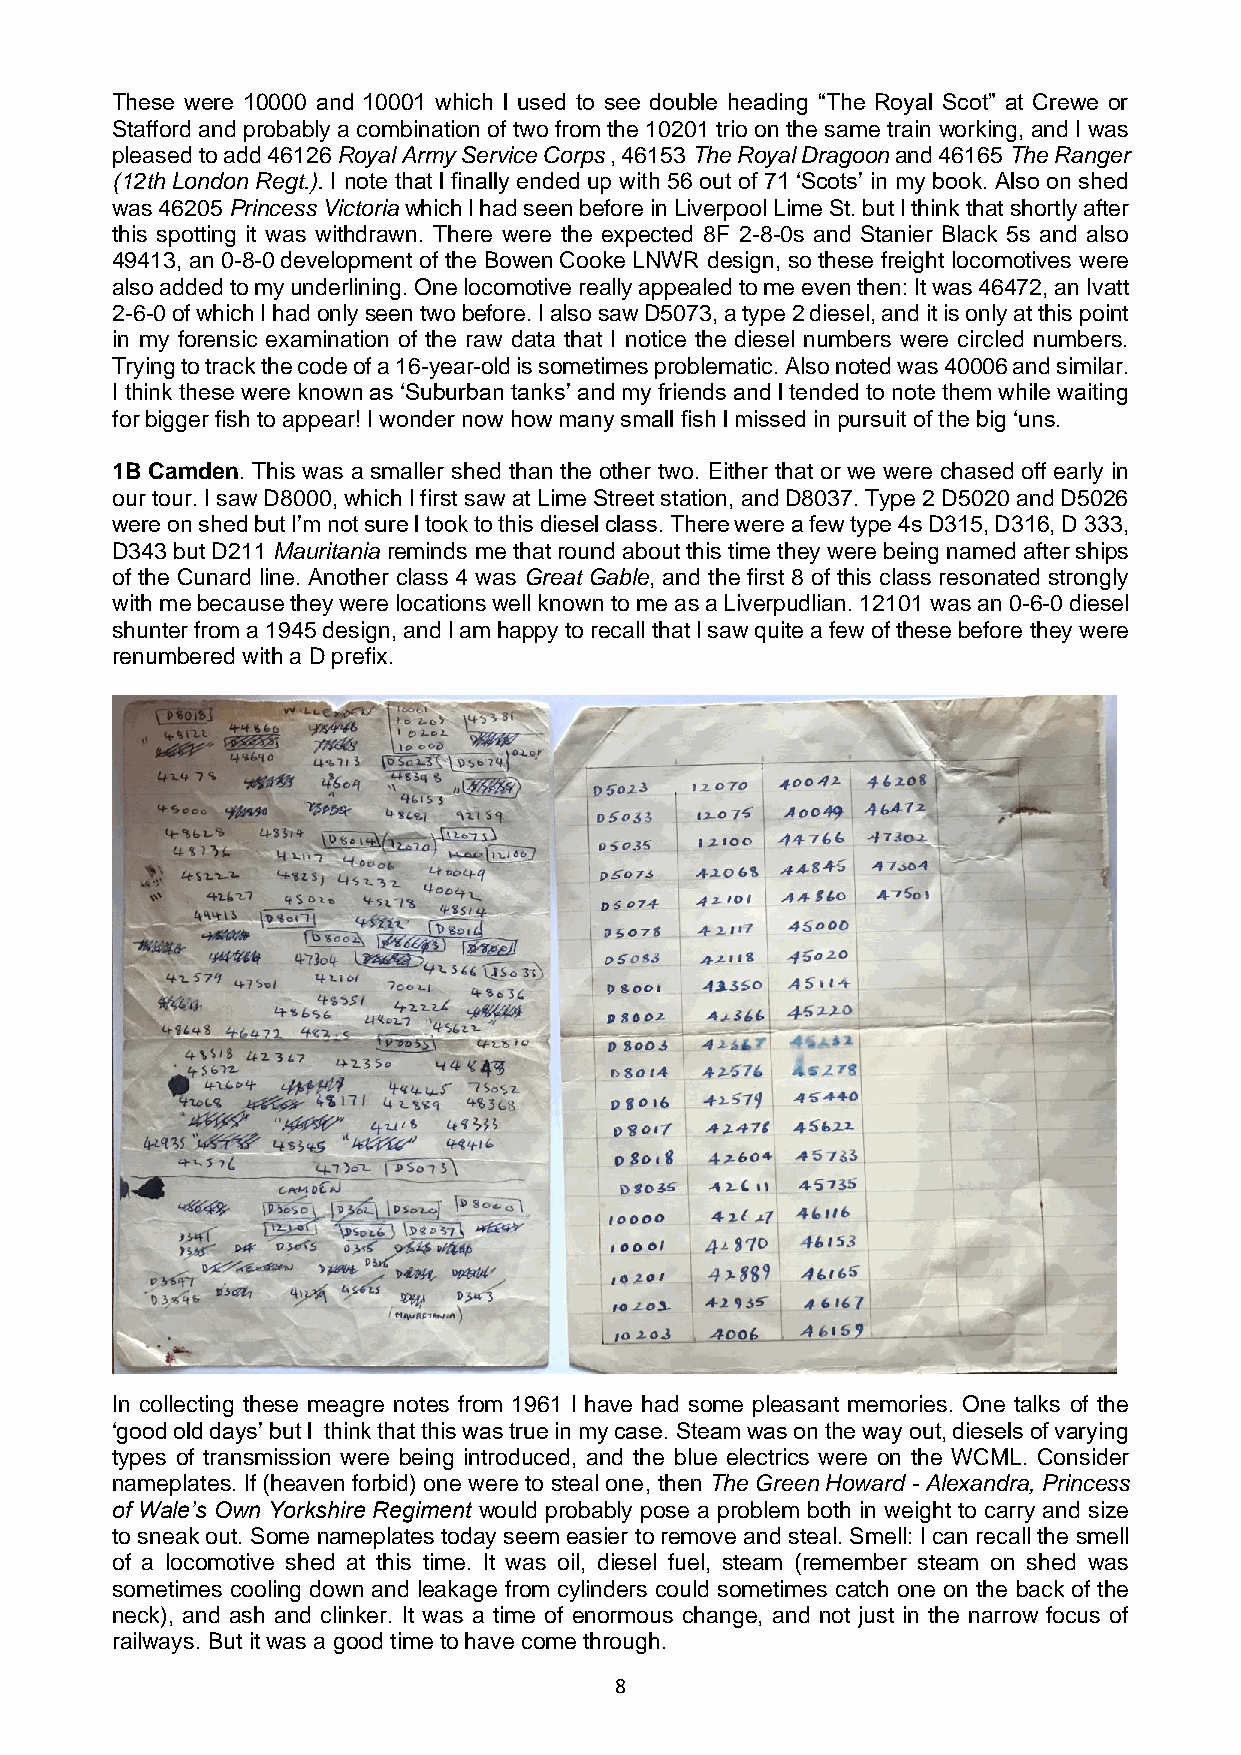
These were 10000 and 10001 which l used to see double heading “The Royal Scot” at Crewe or
 Stafford and probably a combination of two from the 10201 trio on the same train working, and I was
 pleased to add 46126 Royal Army Service Corps , 46153 The Royal Dragoon and 46165 The Ranger
 (12th London Regt.). I note that l finally ended up with 56 out of 71 ‘Scots’ in my book. Also on shed
 was 46205 Princess Victoria which l had seen before in Liverpool Lime St. but l think that shortly after
 this spotting it was withdrawn. There were the expected 8F 2-8-0s and Stanier Black 5s and also
 49413, an 0-8-0 development of the Bowen Cooke LNWR design, so these freight locomotives were
 also added to my underlining. One locomotive really appealed to me even then: It was 46472, an Ivatt
 2-6-0 of which I had only seen two before. I also saw D5073, a type 2 diesel, and it is only at this point
 in my forensic examination of the raw data that I notice the diesel numbers were circled numbers.
 Trying to track the code of a 16-year-old is sometimes problematic. Also noted was 40006 and similar.
 I think these were known as ‘Suburban tanks’ and my friends and l tended to note them while waiting
 for bigger fish to appear! I wonder now how many small fish l missed in pursuit of the big ‘uns.
 1B Camden. This was a smaller shed than the other two. Either that or we were chased off early in
 our tour. I saw D8000, which l first saw at Lime Street station, and D8037. Type 2 D5020 and D5026
 were on shed but I’m not sure l took to this diesel class. There were a few type 4s D315, D316, D 333,
 D343 but D211 Mauritania reminds me that round about this time they were being named after ships
 of the Cunard line. Another class 4 was Great Gable, and the first 8 of this class resonated strongly
 with me because they were locations well known to me as a Liverpudlian. 12101 was an 0-6-0 diesel
 shunter from a 1945 design, and l am happy to recall that l saw quite a few of these before they were
 renumbered with a D prefix.
 In collecting these meagre notes from 1961 l have had some pleasant memories. One talks of the
 ‘good old days’ but l think that this was true in my case. Steam was on the way out, diesels of varying
 types of transmission were being introduced, and the blue electrics were on the WCML. Consider
 nameplates. If (heaven forbid) one were to steal one, then The Green Howard - Alexandra, Princess
 of Wale’s Own Yorkshire Regiment would probably pose a problem both in weight to carry and size
 to sneak out. Some nameplates today seem easier to remove and steal. Smell: I can recall the smell
 of a locomotive shed at this time. It was oil, diesel fuel, steam (remember steam on shed was
 sometimes cooling down and leakage from cylinders could sometimes catch one on the back of the
 neck), and ash and clinker. It was a time of enormous change, and not just in the narrow focus of
 railways. But it was a good time to have come through.
 8